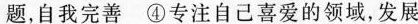
题，自我完善 ④专注自己喜爱的领域，发展